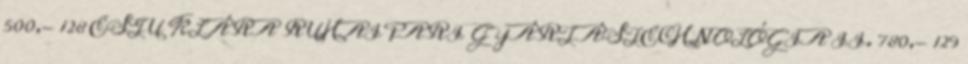
500,- 128 ESTU KLÁRA RUHAIPARI GYÁRTÁSTECHNOLÓGIA II. 780,- 129